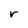
Character: r